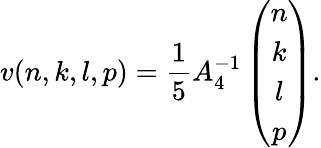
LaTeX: v(n,k,l,p)=\frac{1}{5}A_{4}^{-1}\left(\begin{array}{c}{{n}}\\ {{k}}\\ {{l}}\\ {{p}}\end{array}\right).